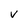
Character: v